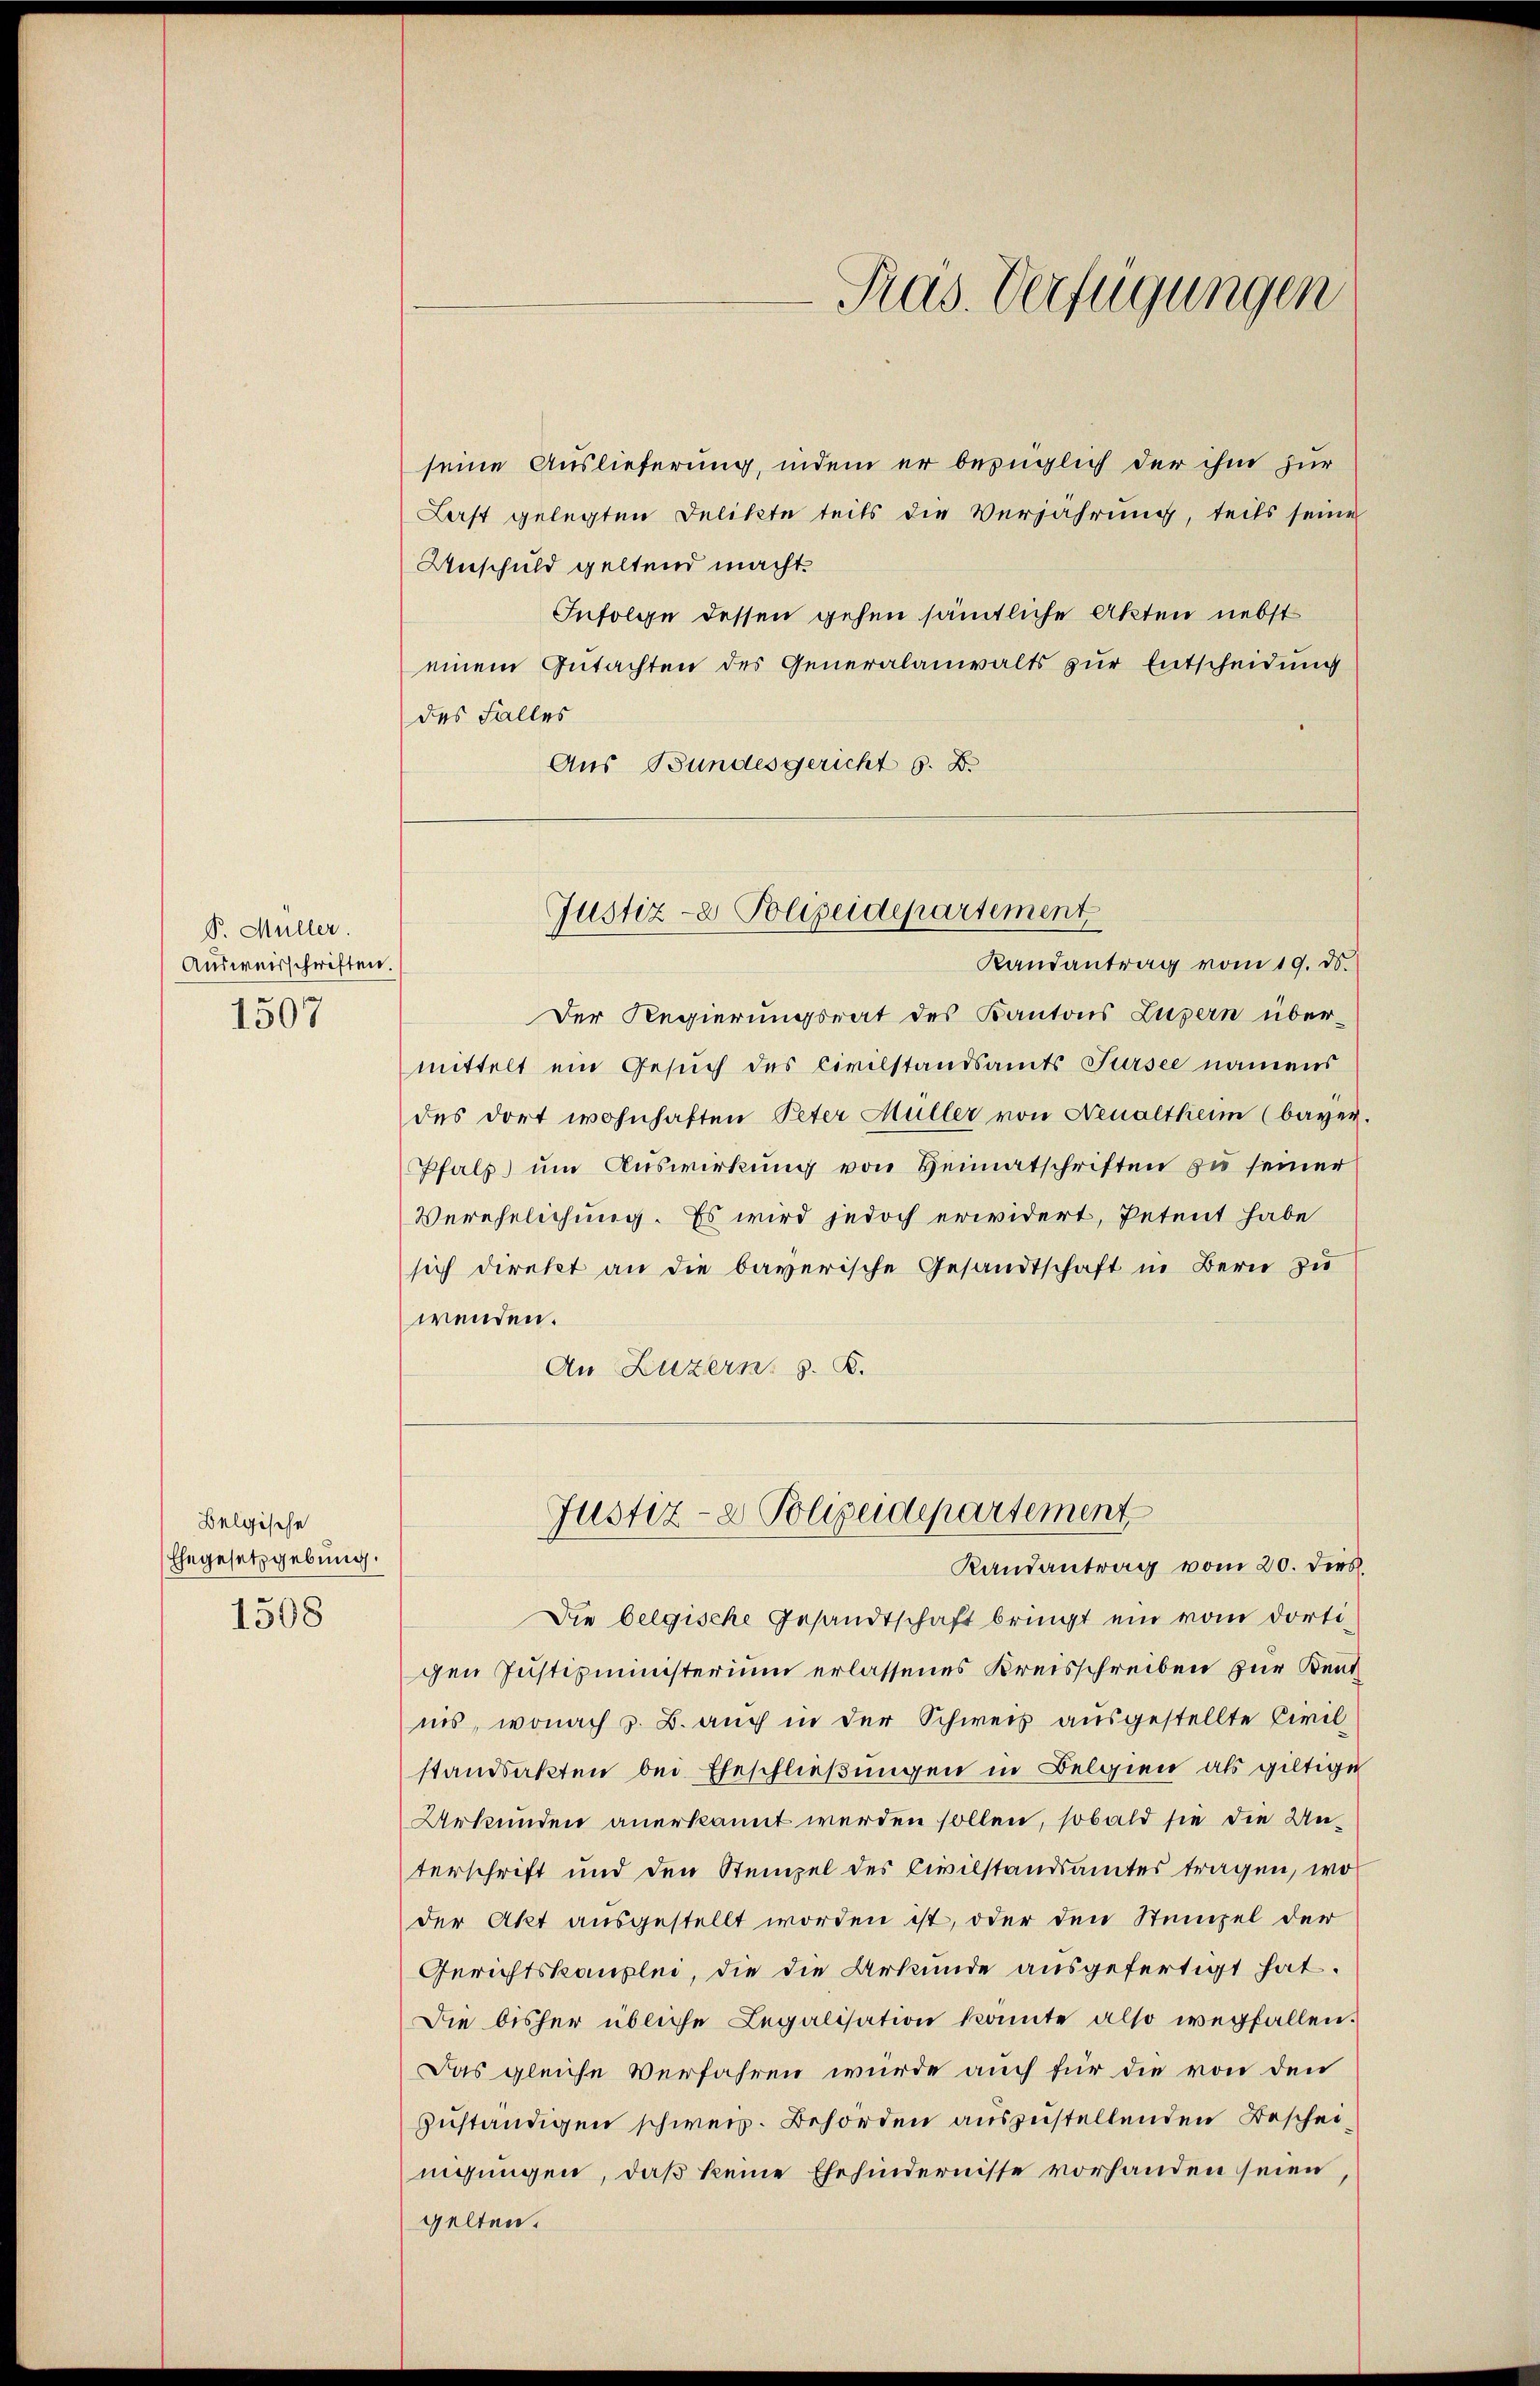
P. Müller.
Ausweisschriften.
1507

Belgische
Ehegesetzgebung.
1508

seine Auslieferung, indem er bezüglich der ihm zur
Last gelegten Delikte teils die Verjährung, teils seine
Anschuld geltend macht.
Infolge dessen gehen sämtliche Akten nebst
einem Gutachten des Generalanwalts zur Entscheidung
des Falles
Aus Bundesgericht s. B.

Randantrag vom 19. ds.
Der Regierungsrat des Kantons Luzern über-
mittelt ein Gesuch des Civilstandsamts Sursee namens
des dort wohnhaften Peter Müller von Neualtheim (bayer.
Pfalz um Auswirkung von Heimatschriften zu seiner
Verehelichung. Es wird jedoch erwidert, Petent habe
sich direkt an die bayerische Gesandtschaft in Bern zu
wenden.
An Luzern, z. B.

Justiz- & Polizeidepartement

Pras. Verfügungen

Justiz- & Polizeidepartement
Randantrag vom 20. dies

Die belgische Gesandtschaft bringt ein vom dortigen Justizministerium erlassenes Kreisschreiben zur Kentnis, wonach z. B. auch in der Schweis ausgestellte Civilstandsakten bei Eheschließungen in Belgien als giltige
Urkunden anerkannt werden sollen, sobald sie die Unterschrift und den Stempel des Civilstandsamtes tragen, wo
der Akt ausgestellt worden ist, oder den Stempel der
Gerichtskanzlei, die die Urkunde ausgefertigt hat.
Die bisher übliche Legalisation konnte also wegfallen.
Das gleiche Verfahren würde auch für die von den
zuständigen schweiz. Behörden auszustellenden Bescheinigungen, daß keine Ehehindernisse vorhanden seien
gelten.